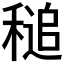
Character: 𥡈